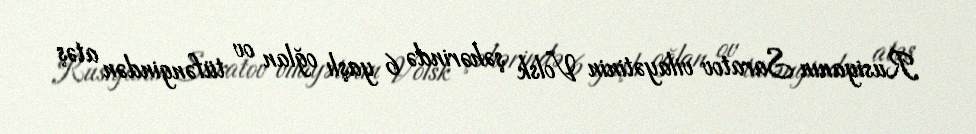
Rusiyanın Saratov vilayətinin Volsk şəhərində 6 yaşlı oğlan ov tüfəngindən atəş